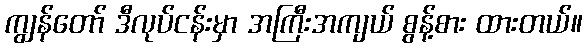
ကျွန်တော် ဒီလုပ်ငန်းမှာ အကြီးအကျယ် စွန့်စား ထားတယ်။